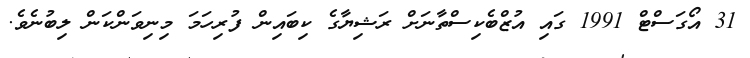
31 އޯގަސްޓް 1991 ގައި އުޒްބެކިސްތާނަށް ރަޝިޔާގެ ކިބައިން ފުރިހަމަ މިނިވަންކަން ލިބުނެވެ.